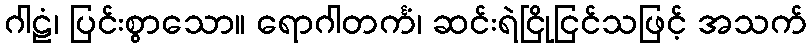
ဂါဠံ၊ ပြင်းစွာသော။ ရောဂါတင်္ကံ၊ ဆင်းရဲငြိုငြင်သဖြင့် အသက်